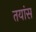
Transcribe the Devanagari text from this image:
तयांस